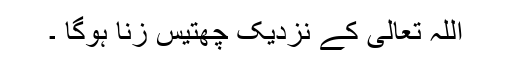
اللہ تعالیٰ کے نزدیک چھتیس زنا ہوگا ۔